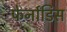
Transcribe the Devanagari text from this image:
फेर्नांडिस